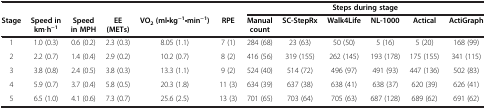
|  |  |  |  |  |  | <COLSPAN=6> Steps during stage |
 | Stage | Speed in km•h−1 | Speed in MPH | EE (METs) | VO2 (ml•kg−1•min−1) | RPE | Manual count | SC-StepRx | Walk4Life | NL-1000 | Actical | ActiGraph |
 | --- | --- | --- | --- | --- | --- | --- | --- | --- | --- | --- | --- |
 | 1 | 1.0 (0.3) | 0.6 (0.2) | 2.3 (0.3) | 8.05 (1.1) | 7 (1) | 284 (68) | 23 (63) | 50 (50) | 5 (16) | 5 (20) | 168 (99) |
 | 2 | 2.2 (0.7) | 1.4 (0.4) | 2.9 (0.2) | 10.2 (0.7) | 8 (2) | 416 (56) | 319 (155) | 262 (145) | 193 (178) | 175 (155) | 341 (115) |
 | 3 | 3.8 (0.8) | 2.4 (0.5) | 3.8 (0.3) | 13.3 (1.1) | 9 (2) | 524 (40) | 514 (72) | 496 (97) | 491 (93) | 447 (136) | 502 (83) |
 | 4 | 5.9 (0.7) | 3.7 (0.4) | 5.8 (0.5) | 20.3 (1.8) | 11 (3) | 634 (39) | 637 (38) | 638 (41) | 638 (37) | 620 (39) | 626 (41) |
 | 5 | 6.5 (1.0) | 4.1 (0.6) | 7.3 (0.7) | 25.6 (2.5) | 13 (3) | 701 (65) | 703 (64) | 705 (63) | 687 (128) | 689 (62) | 691 (62) |